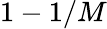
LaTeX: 1-1/M